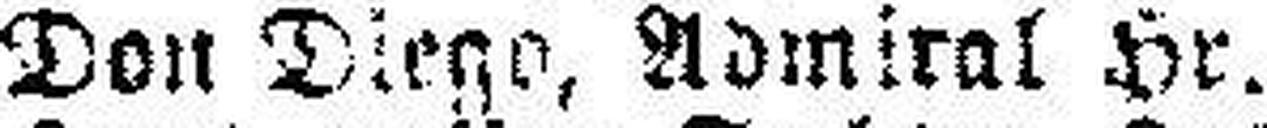
Don Diego, Admiral Hr. Neumann.